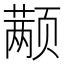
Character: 颟